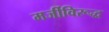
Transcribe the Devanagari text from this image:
मर्जीविरूद्ध